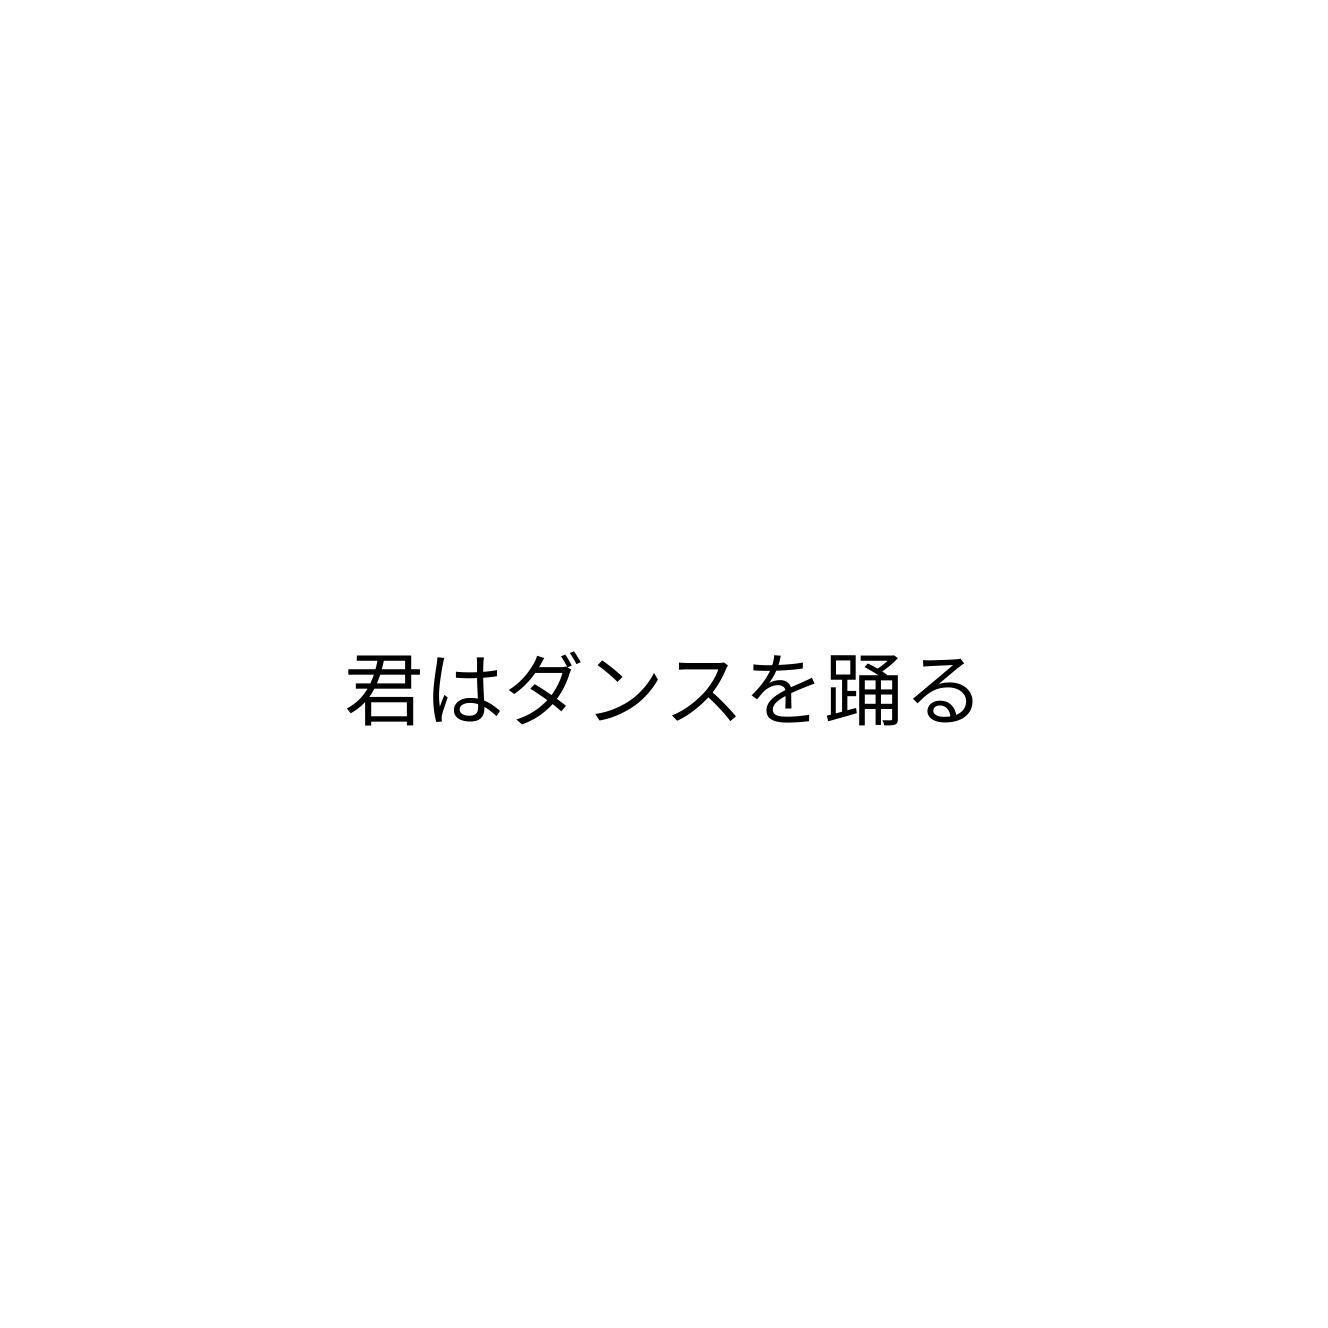
君はダンスを踊る